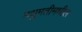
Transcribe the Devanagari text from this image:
मधुमतीमधील